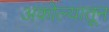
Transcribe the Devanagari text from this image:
अकोल्यातून